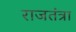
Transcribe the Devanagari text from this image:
राजतंत्रा